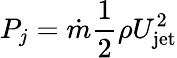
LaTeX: P_{j}=\dot{m}\frac{1}{2}\rho U_{\mathrm{jet}}^{2}